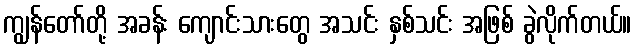
ကျွန်တော်တို့ အခန်း ကျောင်းသားတွေ အသင်း နှစ်သင်း အဖြစ် ခွဲလိုက်တယ်။